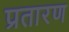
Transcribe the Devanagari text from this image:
प्रतारण